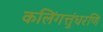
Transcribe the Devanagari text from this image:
कलिंगत्तुंधरणि